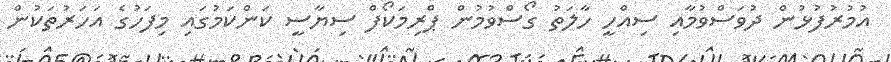
އުމުރުފުޅުން ދުވަސްވުމާއި ސިއްހީ ހާލަތު ގޯސްވުމުން ޕްރިމަކޯފް ސިޔާސީ ކަންކަމުގައި މިފަހުގެ އަހަރުތަކުން